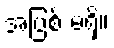
အပြစ် မရှိ။